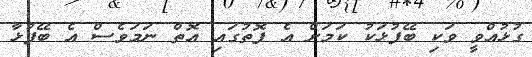
ގުޅުއްވީ ވަކި ބޭފުޅަކު ކަމަށް އެ ފޮތުގައި އޮތް ނަމަވެސް އެ ބޭފުޅާ